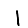
Digit: 1